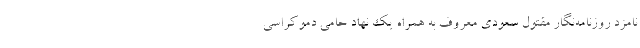
نامزد روزنامه‌نگار مقتول سعودی معروف به همراه یک نهاد حامی دموکراسی